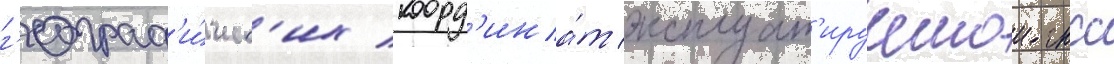
г'еограф'и́ческ'их коорд'ина́т эксплуат'ируемои гнсс